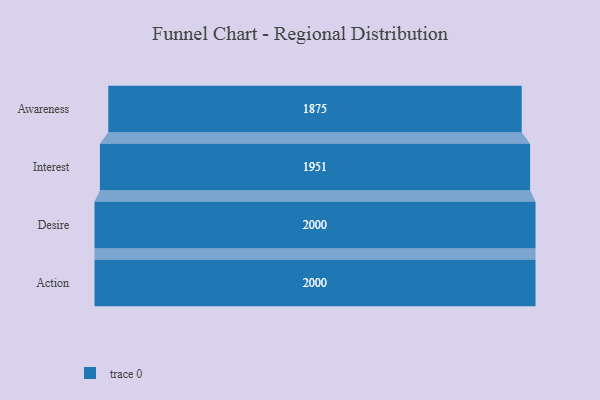
{"axis": {"x": "Stage", "y": "Value"}, "legend": [""], "data": [{"x": "Awareness", "y": 1875.0, "type": ""}, {"x": "Interest", "y": 1951.0, "type": ""}, {"x": "Desire", "y": 2000, "type": ""}, {"x": "Action", "y": 2000, "type": ""}]}